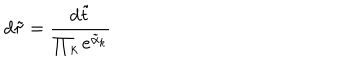
LaTeX: d \tilde { \tau } = { \frac { d \tilde { t } } { \prod _ { k } e ^ { \tilde { \alpha } _ { k } } } }